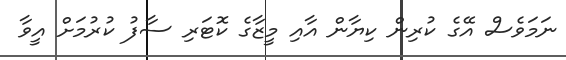
ނަމަވެސް އޭގެ ކުރިން ކިޔާން އާއި މީޒާގެ ކޮޓަރި ސާފު ކުރުމަށް އީވާ